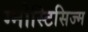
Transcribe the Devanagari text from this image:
ग्नोस्टिसिज्म